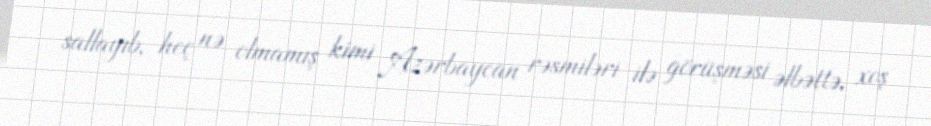
sallayıb, heç nə olmamış kimi Azərbaycan rəsmiləri ilə görüşməsi əlbəttə, xoş